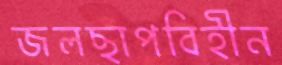
জলছাপবিহীন